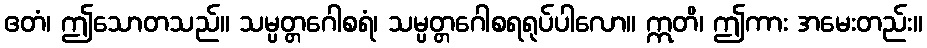
ဧတံ၊ ဤသောတသည်။ သမ္ပတ္တဂေါစရံ၊ သမ္ပတ္တဂေါစရရုပ်ပါလော။ ဣတိ၊ ဤကား အမေးတည်း။